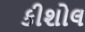
કીશોલ